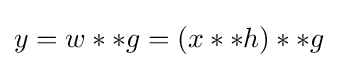
y=w**g=(x**h)**g